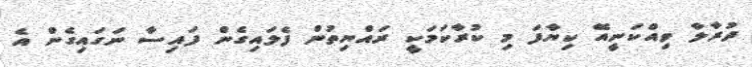
ދުރާލާ ވިއްކަނީއޭ ކިޔާފަ މި ކުރާކަމަކީ ރައްޔިތުން ފެލައިގެން ފައިސާ ނަގައިގެން އެ